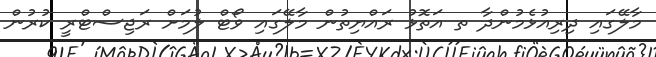
މާލޭގައި ދިރިއުޅެމުންދާ ތ އަތޮޅު ރައްޔިތުން މާލޭގައި ވޯޓް ލުމަށް ރަޖިސްޓްރީ ކުރުން